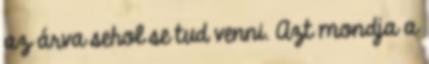
az árva sehol se tud venni. Azt mondja a